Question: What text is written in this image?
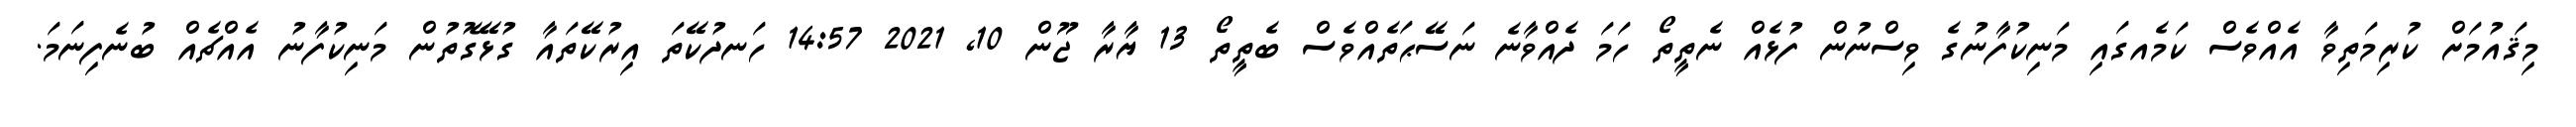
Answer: މިޤައުމަށް ކުރިމަތިވާ އެއްވެސް ކަމެއގައި މަނިކުފާނުގެ ވިސްނުން ފުޅެއް ނެތީތޯ ހަމަ ދެއްވާނެ ނަސޭޙަތެއްވެސް ބެތީތޯ 13 ޔާރާ ޖޫން 10, 2021 14:57 ހަނދުކޭތަ އިރުކޭތައާ ގުޅޭގޮތުން މަނިކުފާނު އެއްޗެއް ބުނެފިނަމަ.